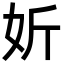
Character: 妡